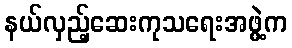
နယ်လှည့်ဆေးကုသရေးအဖွဲ့က